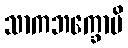
သာကဘက္ခောပိ